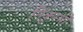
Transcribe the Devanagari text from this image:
निकुम्भों